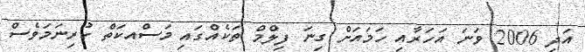
އަދި 2006 ވަނަ އަހަރާއި ހަމައަށް ގިނަ ފިލްމް ތަކެއްގައި މަސްއކަތް ކުރިނަމަވެސް